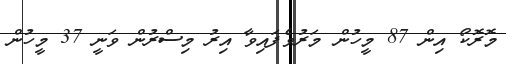
މޮރޮކޯ އިން 87 މީހުން މަރުވެފައިވާ އިރު މިސްރުން ވަނީ 37 މީހުން